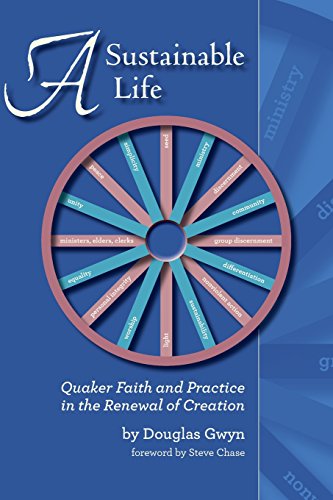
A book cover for A Sustainable Life: Quaker Faith and Practice in the Renewal of Creation; Douglas Gwyn; Christian Books & Bibles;